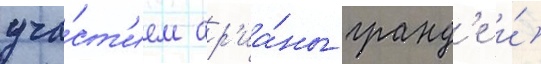
уча́ст'ием ар'иа́ны гранд'е и́